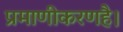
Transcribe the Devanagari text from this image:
प्रमाणीकरणहै।